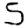
Digit: 5